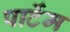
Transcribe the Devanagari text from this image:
पार्टेम